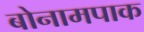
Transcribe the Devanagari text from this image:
बोनामपाक